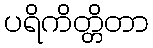
ပရိကိတ္တိတာ